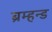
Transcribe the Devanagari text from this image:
ब्रम्हन्ड